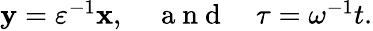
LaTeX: \begin{array}{r}{\mathbf y=\varepsilon^{-1}\mathbf x,\quad\mathrm{~a~n~d~}\quad\tau=\omega^{-1}t.}\end{array}